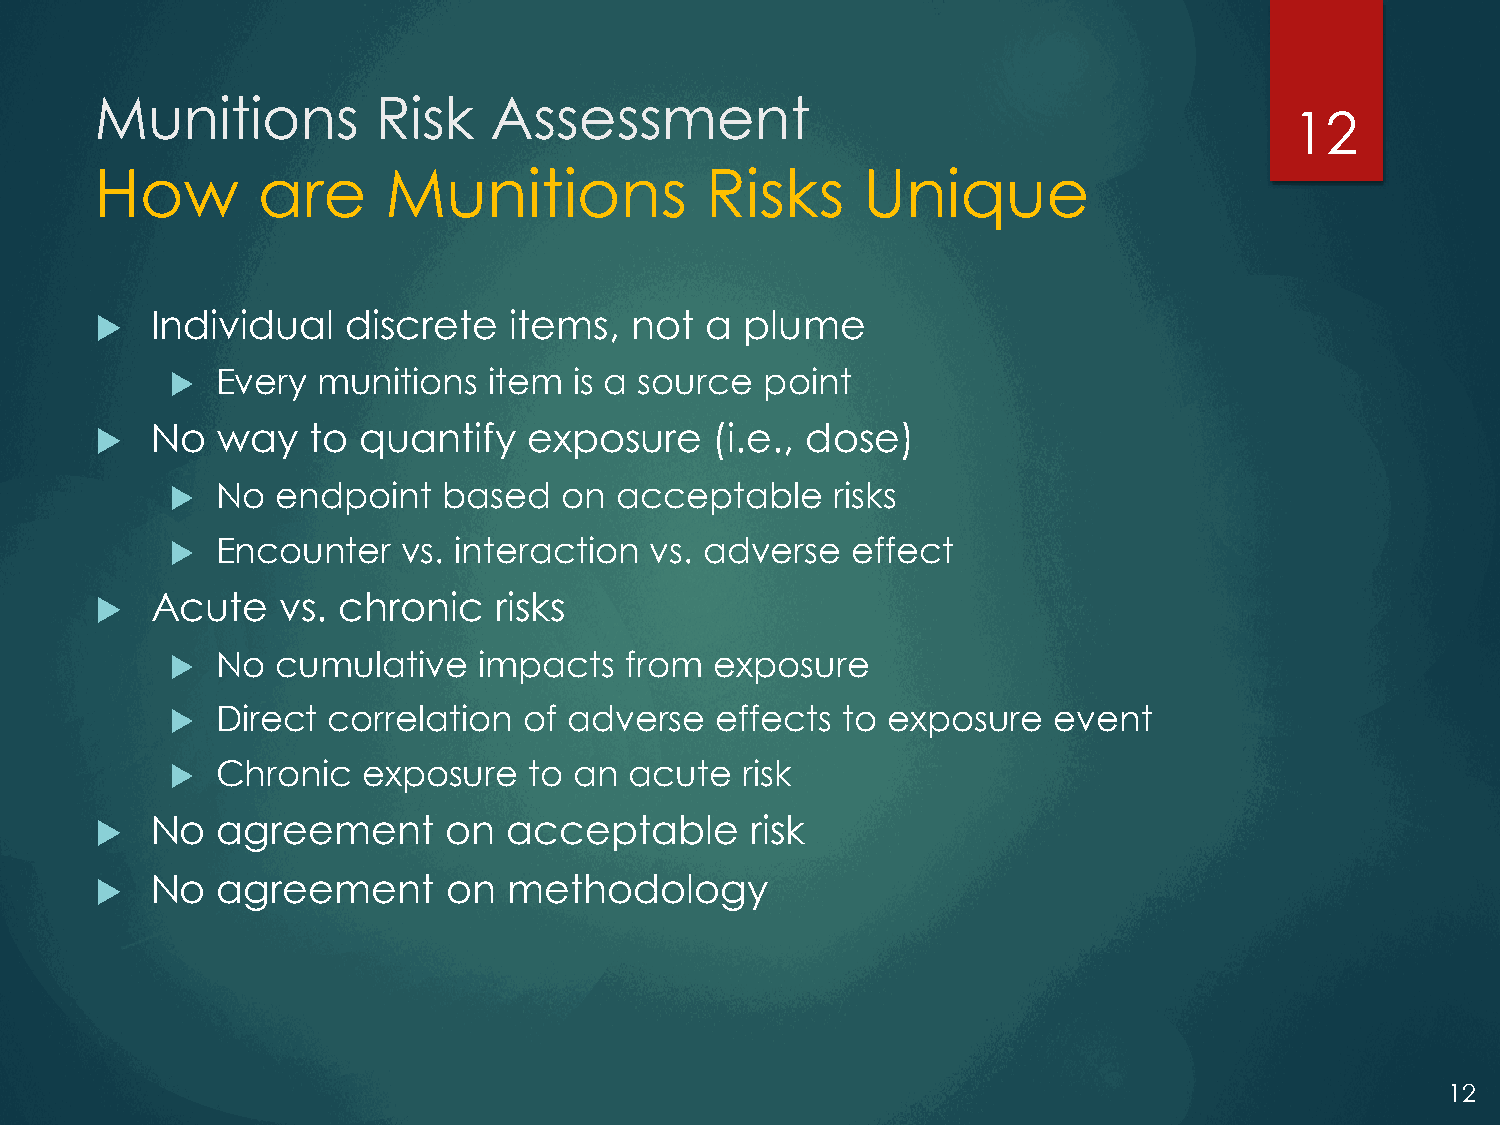
Munitions          Risk   Assessment
 12
 How        are     Munitions             Risks     Unique
    Individual   discrete   items,  not  a plume
   Every  munitions  item  is a source  point
    No  way   to  quantify   exposure    (i.e., dose)
   No  endpoint   based   on  acceptable    risks
   Encounter    vs. interaction vs. adverse  effect
    Acute    vs. chronic   risks
   No  cumulative    impacts  from  exposure
   Direct  correlation  of adverse  effects  to exposure   event
   Chronic   exposure   to an  acute  risk
    No  agreement       on  acceptable      risk
    No  agreement       on  methodology
 12